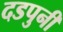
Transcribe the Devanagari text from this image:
दडपुनी